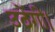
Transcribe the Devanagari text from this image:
उठेंगी।